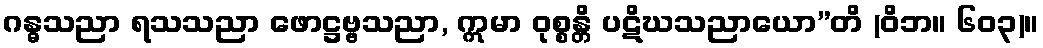
ဂန္ဓသညာ ရသသညာ ဖောဋ္ဌဗ္ဗသညာ, ဣမာ ဝုစ္စန္တိ ပဋိဃသညာယော”တိ (ဝိဘ။ ၆၀၃)။